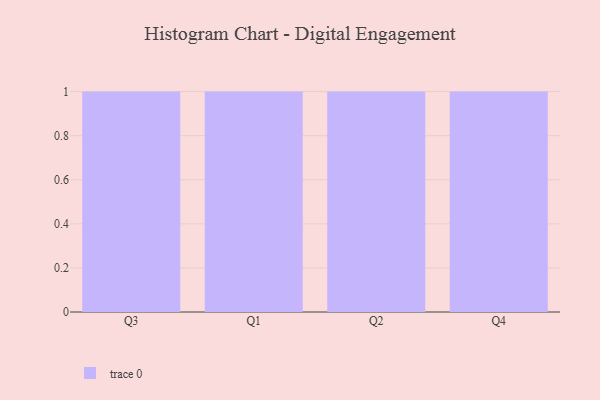
{"axis": {"x": "Quarter", "y": "Active Users"}, "legend": [""], "data": [{"x": "Q3", "y": 40, "type": ""}, {"x": "Q1", "y": 1, "type": ""}, {"x": "Q2", "y": 82, "type": ""}, {"x": "Q4", "y": 69, "type": ""}]}